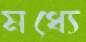
মধ্যে